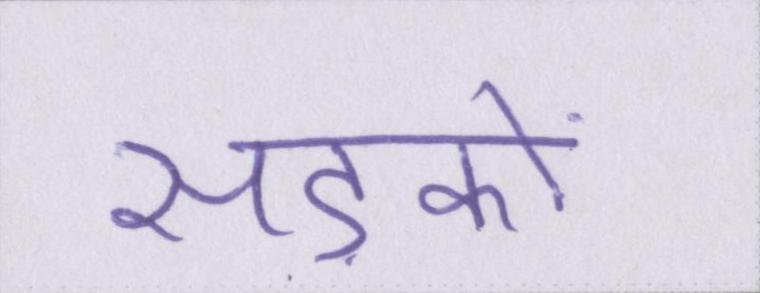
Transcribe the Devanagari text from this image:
सड़कों